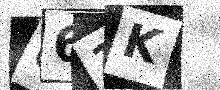
Text: U61K